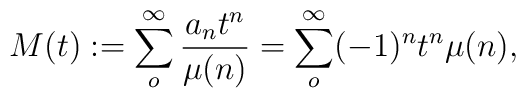
M(t) := \sum _o^\infty \frac{a_n t^n}{\mu (n)} =\sum _o^\infty (-1)^n t^n \mu (n),